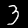
Digit: 3